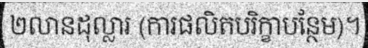
២លានដុល្លារ (ការផលិតបរិក្ខាបន្ថែម)។